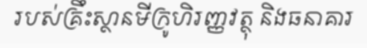
របស់គ្រឹះស្ថានមីក្រូហិរញ្ញវត្ថុ និងធនាគារ